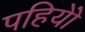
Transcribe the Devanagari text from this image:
पहियोें